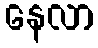
နေလာ